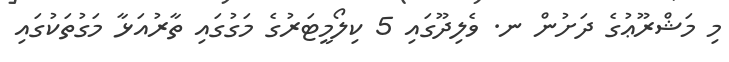
މި މަޝްރޫޢުގެ ދަށުން ނ. ވެލިދޫގައި 5 ކިލޯމީޓަރުގެ މަގުގައި ތާރުއަޅާ މަގުތަކުގައި